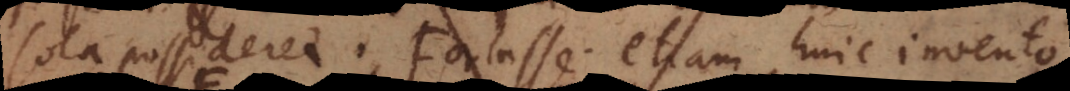
sola possideret. Fortasse etiam huic invento